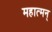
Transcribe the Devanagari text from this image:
महात्मन्‌